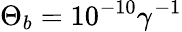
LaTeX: \Theta_{b}=10^{-10}\gamma^{-1}